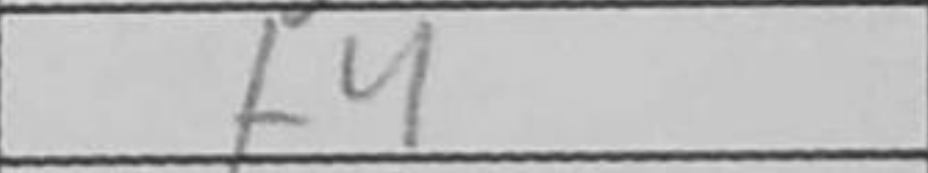
Transcription: f4